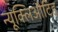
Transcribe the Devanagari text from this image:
न्यूक्लिऔटिड